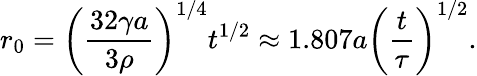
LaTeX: r_{0}=\left(\frac{32\gamma a}{3\rho}\right)^{1/4}t^{1/2}\approx 1.807a\left(\frac{t}{\tau}\right)^{1/2}.